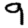
Digit: 9